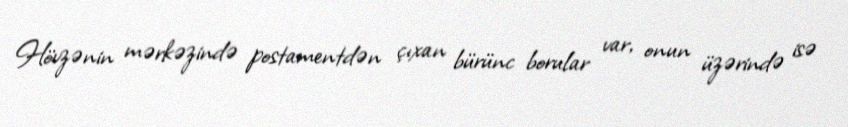
Hövzənin mərkəzində postamentdən çıxan bürünc borular var, onun üzərində isə